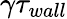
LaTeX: \gamma\tau_{wall}